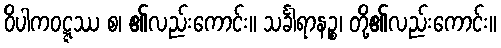
ဝိပါကဝဋ္ဋဿ စ၊ ၏လည်းကောင်း။ သင်္ခါရာနဉ္စ၊ တို့၏လည်းကောင်း။